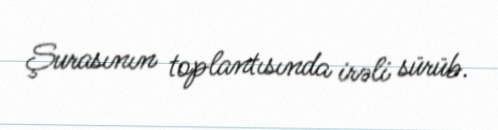
Şurasının toplantısında irəli sürüb.